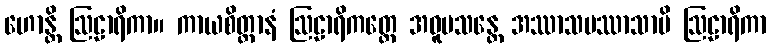
ဟောန္တိ ဩဠာရိကာ။ ကာယစိတ္တာနံ ဩဠာရိကတ္တေ အဝူပသန္တေ အဿာသပဿာသာပိ ဩဠာရိကာ